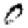
Digit: 0